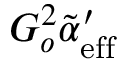
G _ { o } ^ { 2 } \tilde { \alpha } _ { \mathrm { e f f } } ^ { \prime }